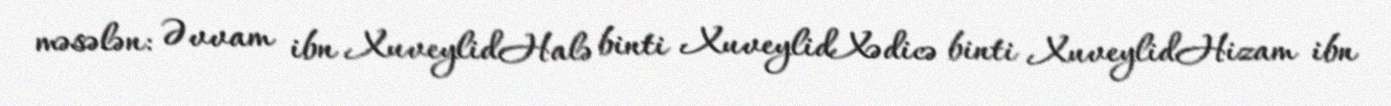
məsələn: Əvvam ibn XuveylidHalə binti XuveylidXədicə binti XuveylidHizam ibn